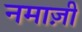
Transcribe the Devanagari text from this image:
नमाज़ी